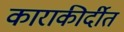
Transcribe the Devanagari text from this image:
काराकीर्दीत